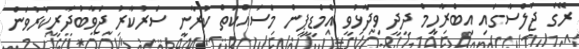
ރޭގެ ޖަލްސާގައި އިބްރާހީމް ދީދީ ވިދާޅުވީ އެމްޑީޕީން މަސައްކަތް ކުރާނީ ސަރުކާރު ޖަވާބުދާރީކުރުވަން